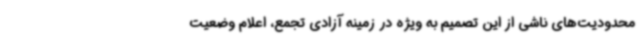
محدودیت‌های ناشی از این تصمیم به ویژه در زمینه آزادی تجمع، اعلام وضعیت